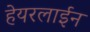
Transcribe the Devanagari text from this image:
हेयरलाईन